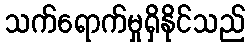
သက်ရောက်မှုရှိနိုင်သည်